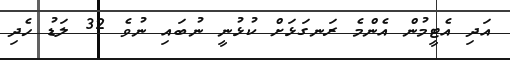
އަދި އެޓީމުން އެންމެ ރަނގަޅަށް ކުޅުނީ ނުބައި ނުވެ 32 ލަޑު ހެދި